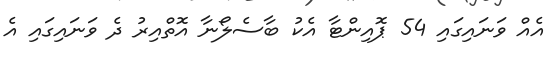
އެއް ވަނައިގައި 54 ޕޮއިންޓާ އެކު ބާސެލޯނާ އޮތްއިރު ދެ ވަނައިގައި އެ